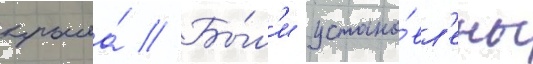
крыла́ // Бы́л'и устано́вл'ены